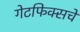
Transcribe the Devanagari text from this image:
गेटफिक्सचे